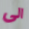
الى